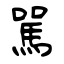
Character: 駡